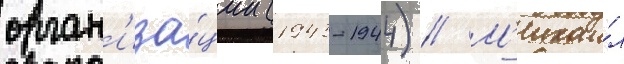
орган'иза́ции (1943-1944) // М'ихаи́л